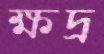
ক্ষদ্র